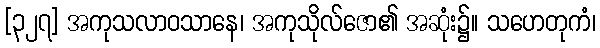
[၃၂၇] အကုသလာဝသာနေ၊ အကုသိုလ်ဇော၏ အဆုံး၌။ သဟေတုကံ၊